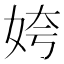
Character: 姱